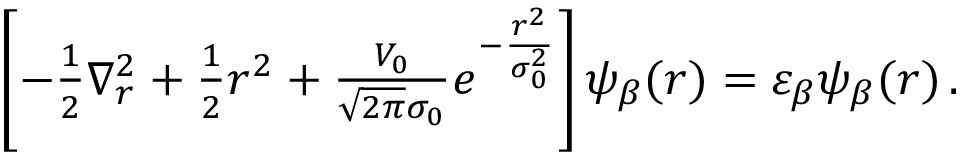
\begin{array} { r } { \left[ - \frac { 1 } { 2 } \nabla _ { r } ^ { 2 } + \frac { 1 } { 2 } r ^ { 2 } + \frac { V _ { 0 } } { \sqrt { 2 \pi } \sigma _ { 0 } } e ^ { - \frac { r ^ { 2 } } { \sigma _ { 0 } ^ { 2 } } } \right] \psi _ { \beta } ( r ) = \varepsilon _ { \beta } \psi _ { \beta } ( r ) \, . } \end{array}